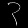
Digit: ၃